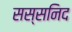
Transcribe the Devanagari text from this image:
सस्सनिद